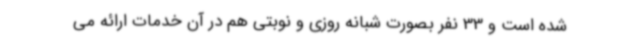
شده است و 33 نفر بصورت شبانه روزی و نوبتی هم در آن خدمات ارائه می